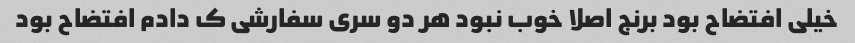
خیلی افتضاح بود برنج اصلا خوب نبود هر دو سری سفارشی ک دادم افتضاح بود